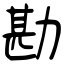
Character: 勘